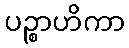
ပဉ္စာဟိကာ